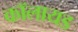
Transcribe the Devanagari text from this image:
कॉलायड